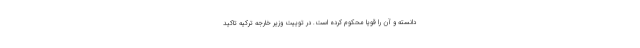
دانسته و آن را قویا محکوم کرده است. در توییت وزیر خارجه ترکیه تاکید